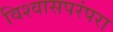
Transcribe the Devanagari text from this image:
विश्वासपरंपरा